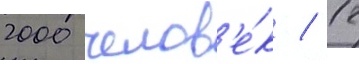
2000 челов'е́к / 12